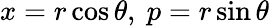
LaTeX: x=r\cos\theta,\ p=r\sin\theta